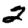
Digit: 2